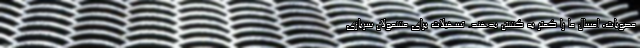
مصوبات، امسال ما را کمتر به کشتن بدهند. تسهیلات برای مشمولان سربازی